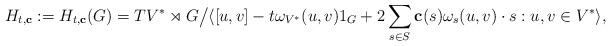
LaTeX: \begin{align*}H_{t,\mathbf{c}} := H_{t,\mathbf{c}}(G)= TV^* \rtimes G\big/\langle [u,v]-t\omega_{V^*}(u,v)1_G+2\sum_{s\in S} \mathbf{c}(s)\omega_s(u,v)\cdot s: u,v\in V^*\rangle, \end{align*}